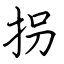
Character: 拐